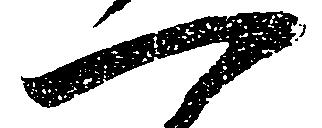
一